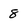
Character: 8